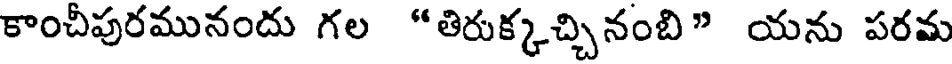
కాంచీపురమునందు గల "తిరుక్కచ్చినంబి" యను పరమ